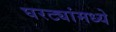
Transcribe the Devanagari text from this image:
घरट्यांमध्ये